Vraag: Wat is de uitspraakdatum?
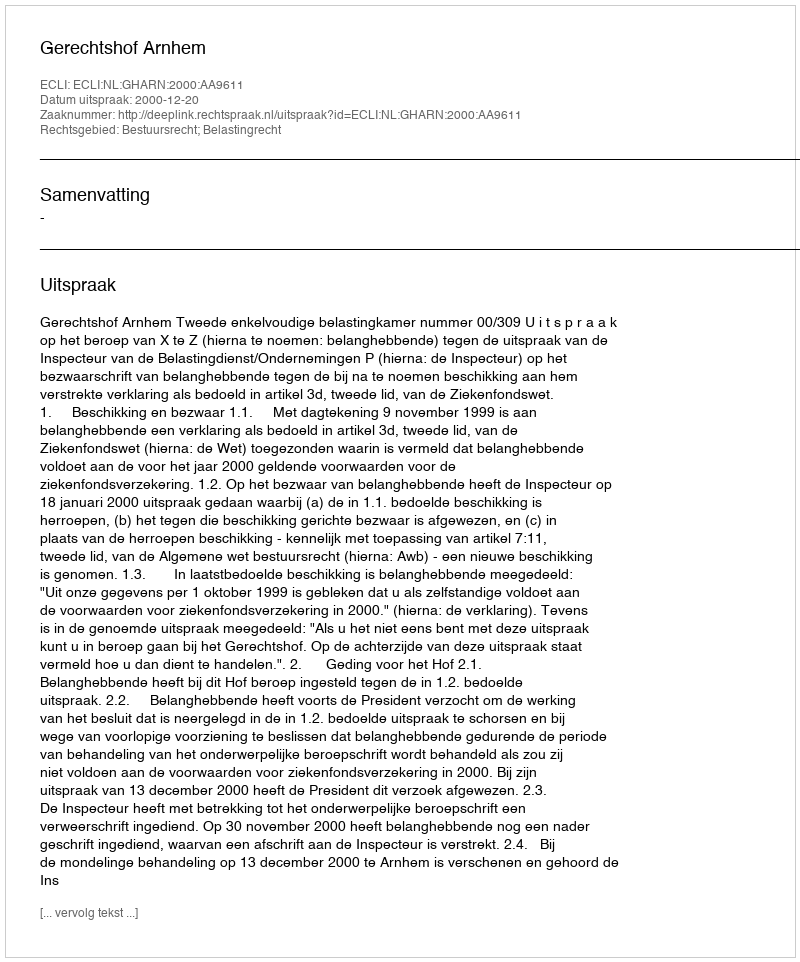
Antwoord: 2000-12-20